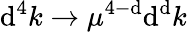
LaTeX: \mathrm{d}^{4}k\to\mu^{4-\mathrm{d}}\mathrm{d}^{\mathrm{d}}k